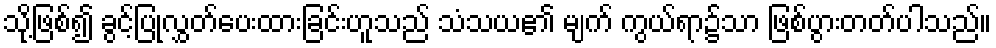
သို့ဖြစ်၍ ခွင့်ပြုလွှတ်ပေးထားခြင်းဟူသည် သံသယ၏ မျက် ကွယ်ရာ၌သာ ဖြစ်ပွားတတ်ပါသည်။